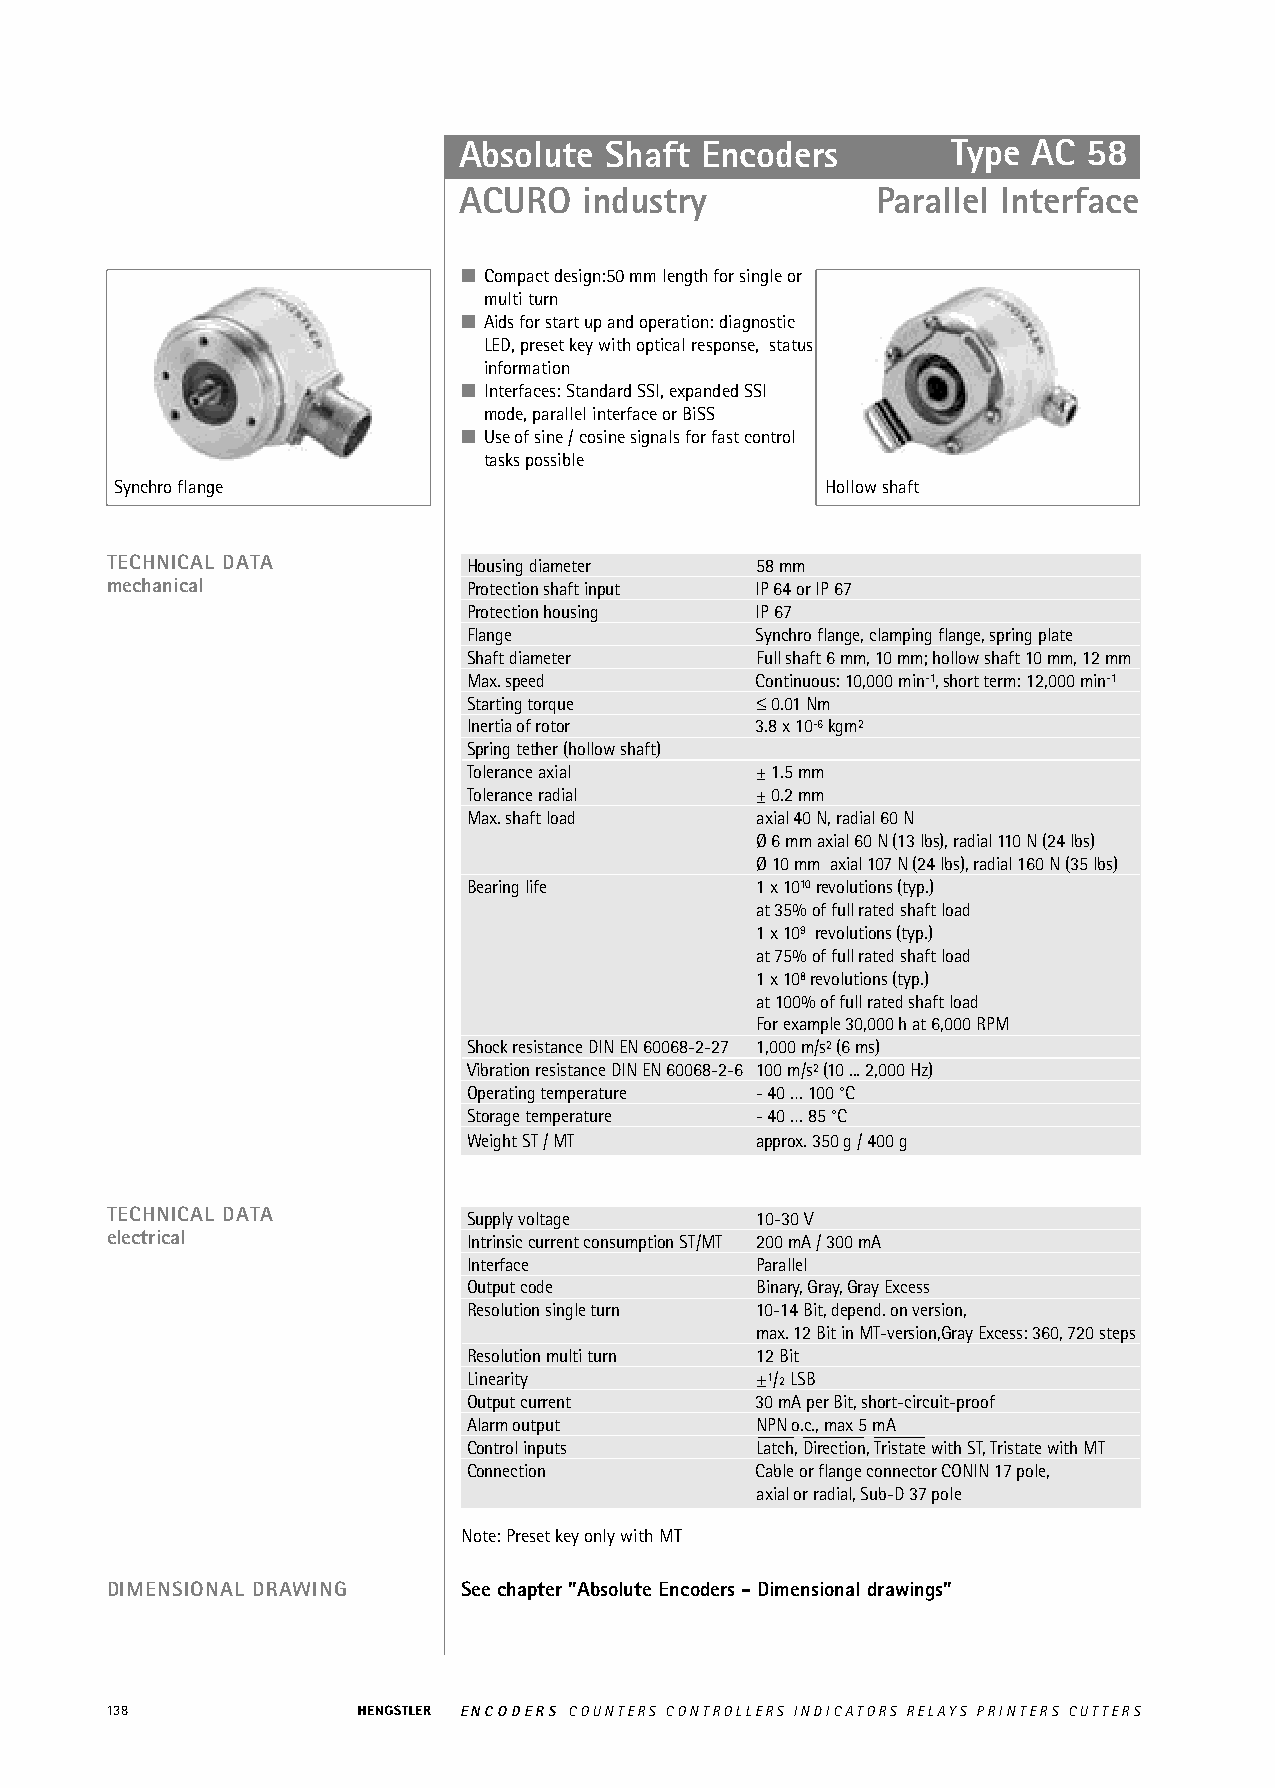
Absolute  Shaft Encoders         Type AC  58
 ACURO    industry           Parallel Interface
 ■ Compact design:50 mm length for single or
 multi turn
 ■ Aids for start up and operation: diagnostic
 LED, preset key with optical response, status
 information
 ■ Interfaces: Standard SSI, expanded SSI
 mode, parallel interface or BiSS
 ■ Use of sine / cosine signals for fast control
 tasks possible
 Synchro flange                                 Hollow shaft
 TECHNICAL DATA          Housing diameter   58 mm
 mechanical              Protection shaft input IP 64 or IP 67
 Protection housing IP 67
 Flange             Synchro flange, clamping flange, spring plate
 Shaft diameter     Full shaft 6 mm, 10 mm; hollow shaft 10 mm, 12 mm
 Max. speed         Continuous: 10,000 min-1, short term: 12,000 min-1
 Starting torque    ≤0.01 Nm
 Inertia of rotor   3.8 x 10-6kgm2
 Spring tether (hollow shaft)
 Tolerance axial    ±1.5 mm
 Tolerance radial   ±0.2 mm
 Max. shaft load    axial 40 N, radial 60 N
 Ø 6 mm axial 60 N (13 lbs), radial 110 N (24 lbs)
 Ø 10 mm axial 107 N (24 lbs), radial 160 N (35 lbs)
 Bearing life       1 x 1010revolutions (typ.)
 at 35% of full rated shaft load
 1 x 109 revolutions (typ.)
 at 75% of full rated shaft load
 1 x 108revolutions (typ.)
 at 100% of full rated shaft load
 For example 30,000 h at 6,000 RPM
 Shock resistance DIN EN 60068-2-27 1,000 m/s2(6 ms)
 Vibration resistance DIN EN 60068-2-6 100 m/s2(10 ... 2,000 Hz)
 Operating temperature - 40 … 100 °C
 Storage temperature - 40 … 85 °C
 Weight ST / MT     approx. 350 g / 400 g
 TECHNICAL DATA          Supply voltage     10-30 V
 electrical              Intrinsic current consumption ST/MT 200 mA / 300 mA
 Interface          Parallel
 Output code        Binary, Gray, Gray Excess
 Resolution single turn 10-14 Bit, depend. on version,
 max. 12 Bit in MT-version,Gray Excess: 360, 720 steps
 Resolution multi turn 12 Bit
 Linearity          ±1/2LSB
 Output current     30 mA per Bit, short-circuit-proof
 Alarm output       NPN o.c., max 5 mA
 Control inputs     Latch, Direction, Tristate with ST, Tristate with MT
 Connection         Cable or flange connector CONIN 17 pole,
 axial or radial, Sub-D 37 pole
 Note: Preset key only with MT
 DIMENSIONAL DRAWING     See chapter "Absolute Encoders - Dimensional drawings"
 138                    ENCODERS COUNTERS CONTROLLERS INDICATORS RELAYS PRINTERS CUTTERS